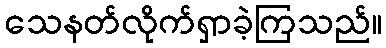
သေနတ်လိုက်ရှာခဲ့ကြသည်။